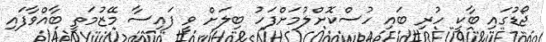
ޖޯޑުގައި ބާކީ ހުރި ބައި ހުސްކޮށްލުމަށްފަހު ބިލަށް ވީ ފައިސާ މޭޒުމަތީ ބާއްވާފައި